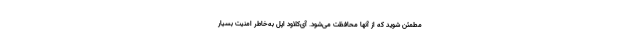
مطمئن شوید که از آنها محافظت می‌شود. آی‌کلاود اپل به‌خاطر امنیت بسیار